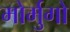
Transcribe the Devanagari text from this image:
मोर्मुगो